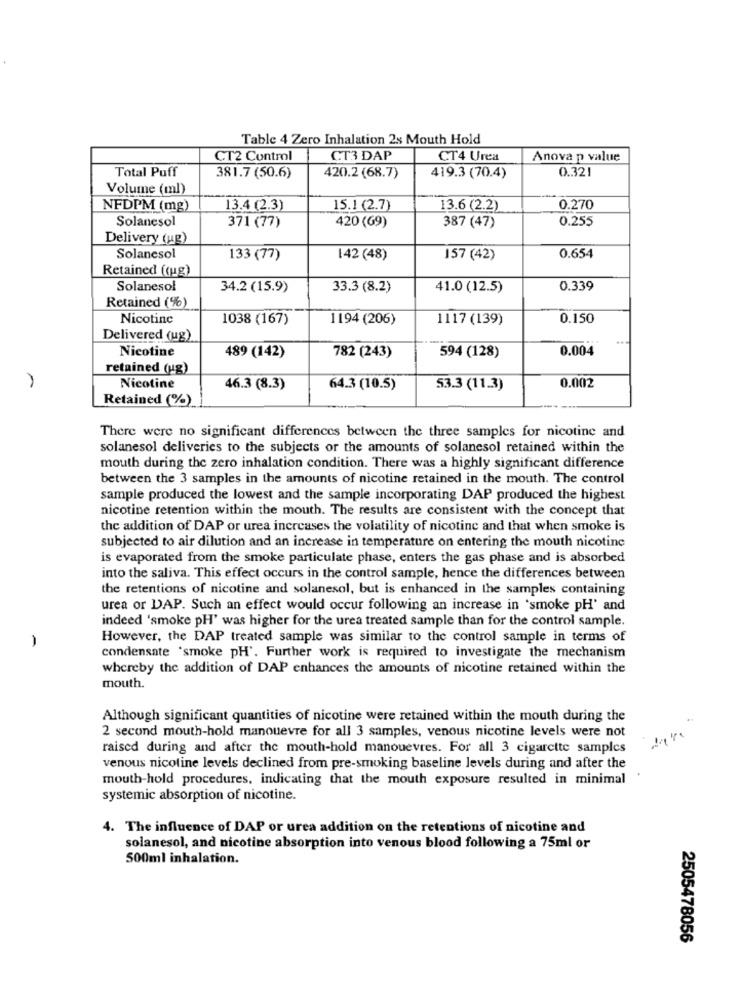
Table 4 Zero Inhalation 2s Mouth Hold
CT2 Control
CT3 DAP
CT4 Urea
Anova p value
Total Puff
0.32!
381.7 (50.6)
420.2 (68.7)
419.3 (70.4)
Volume (ml)
NFDPM (mg)
13.4 (2.3)
15.1 (2.7)
13.6 (2.2)
0.270
Solanesol
420 (69)
0.255
371 (77)
387 (47)
Delivery (ug)
Solancsol
133 (77)
142 (48)
157 (42)
0.654
Retained ((ug)
Solanesol
34.2 (15.9)
33.3 (8.2)
41.0 (12.5)
0.339
Retained (%)
Nicotine
1038 (167)
1194 (206)
1117 (139)
0.150
Delivered (ug)
Nicotine
0.004
489 (142)
782 (243)
594 (128)
retained (ug)
Nicotine
46.3 (8.3)
64.3 (10.5)
53.3 (11.3)
0.002
Retained (%)
There were no significant differences between the three samples for nicotine and
solanesol deliveries to the subjects or the amounts of solanesol retained within the
mouth during the zero inhalation condition. There was a highly significant difference
between the 3 samples in the amounts of nicotine retained in the mouth. The control
sample produced the lowest and the sample incorporating DAP produced the highest
nicotine retention within the mouth. The results are consistent with the concept that
the addition of DAP or urea increases the volatility of nicotine and that when smoke is
subjected to air dilution and an increase in temperature on entering the mouth nicotine
is evaporated from the smoke particulate phase, enters the gas phase and is absorbed
into the saliva. This effect occurs in the control sample, hence the differences between
the retentions of nicotine and solanesol, but is enhanced in the samples containing
urea or DAP. Such an effect would occur following an increase in 'smoke pH' and
indeed 'smoke pH' was higher for the urea treated sample than for the control sample.
However, the DAP treated sample was similar to the control sample in terms of
condensate 'smoke pH'. Further work is required to investigate the mechanism
whereby the addition of DAP enhances the amounts of nicotine retained within the
mouth.
Although significant quantities of nicotine were retained within the mouth during the
2 second mouth-hold manouevre for all 3 samples, venous nicotine levels were not
raised during and after the mouth-hold manouevres. For all 3 cigarette samples
venous nicotine levels declined from pre-smoking baseline levels during and after the
mouth-hold procedures, indicating that the mouth exposure resulted in minimal
.
systemic absorption of nicotine.
4. The influence of DAP or urea addition on the retentions of nicotine and
solanesol, and nicotine absorption into venous blood following a 75ml or
500ml inhalation.
2505478056